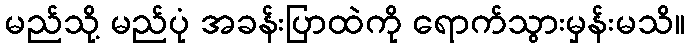
မည်သို့ မည်ပုံ အခန်းပြာထဲကို ရောက်သွားမှန်းမသိ။